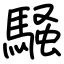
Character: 騒